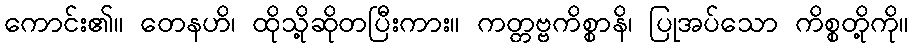
ကောင်း၏။ တေနဟိ၊ ထိုသို့ဆိုတပြီးကား။ ကတ္တဗ္ဗကိစ္စာနိ၊ ပြုအပ်သော ကိစ္စတို့ကို။